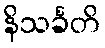
နိသင်္ခတိ